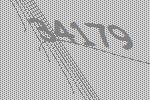
34179